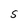
Character: S